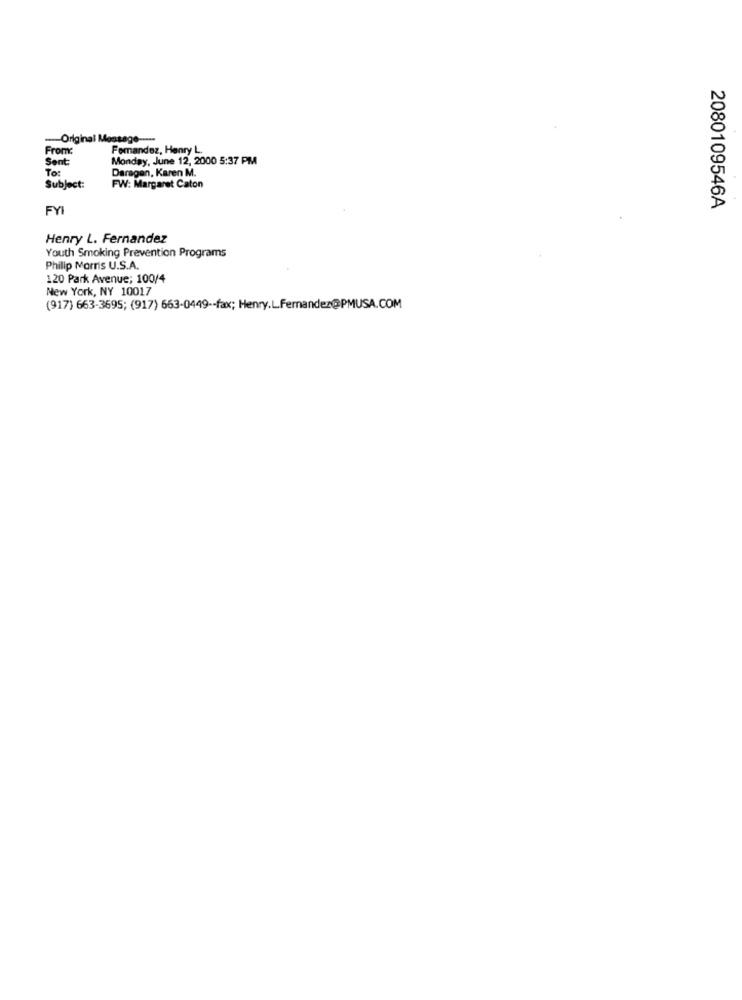
-Original Message ----
From:
Femandez, Henry L.
Sent:
Monday, June 12, 2000 5:37 PM
To:
Daragen, Karen M.
Subject:
FW: Margaret Caton
FYI
2080109546A
Henry L. Fernandez
Youth Smoking Prevention Programs
Philip Morris U.S.A.
120 Park Avenue; 100/4
New York, NY 10017
(917) 663-3695; (917) 663-0449 -- fax; Henry.L.Fernandez@PMUSA.COM